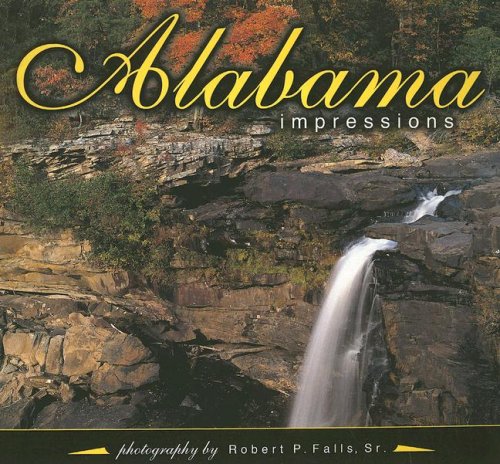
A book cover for Alabama Impressions; photography by Robert P. Falls Sr.; Travel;